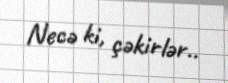
Necə ki, çəkirlər..